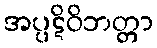
အပ္ပဋိဝိဘတ္တာ